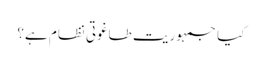
کیا جمہوریت طاغوتی نظام ہے؟